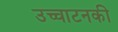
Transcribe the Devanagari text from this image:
उच्चाटनकी